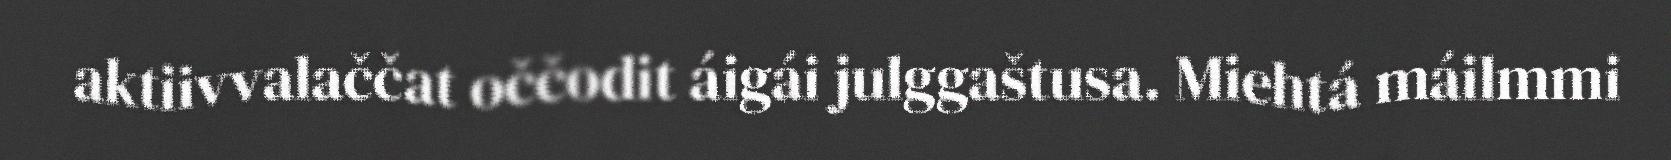
aktiivvalaččat oččodit áigái julggaštusa. Miehtá máilmmi